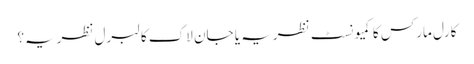
کارل مارکس کا کمیونسٹ نظریہ یا جان لاک کا لبرل نظریہ؟